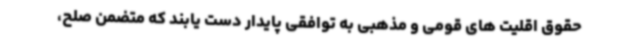
حقوق اقلیت های قومی و مذهبی به توافقی پایدار دست یابند که متضمن صلح،